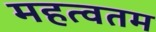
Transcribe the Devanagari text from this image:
महत्वतम